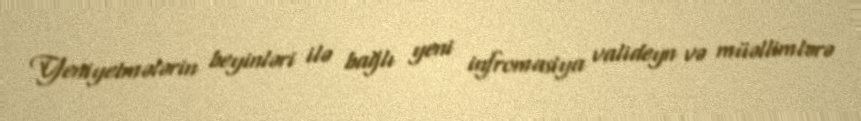
Yeniyetmələrin beyinləri ilə bağlı yeni infromasiya valideyn və müəllimlərə